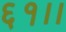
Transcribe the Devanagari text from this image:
६१।।